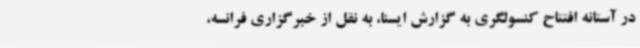
در آستانه افتتاح کنسولگری به گزارش ایسنا، به نقل از خبرگزاری فرانسه،